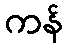
ကန်